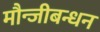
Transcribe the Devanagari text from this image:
मौन्जीबन्धन